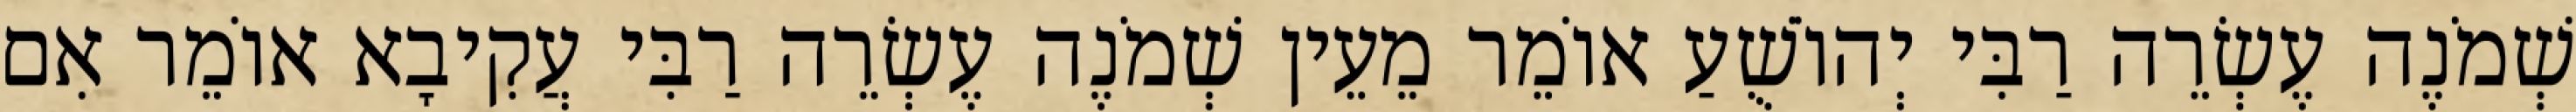
שְׁמֹנֶה עֶשְׂרֵה רַבִּי יְהוֹשֻׁעַ אוֹמֵר מֵעֵין שְׁמֹנֶה עֶשְׂרֵה רַבִּי עֲקִיבָא אוֹמֵר אִם